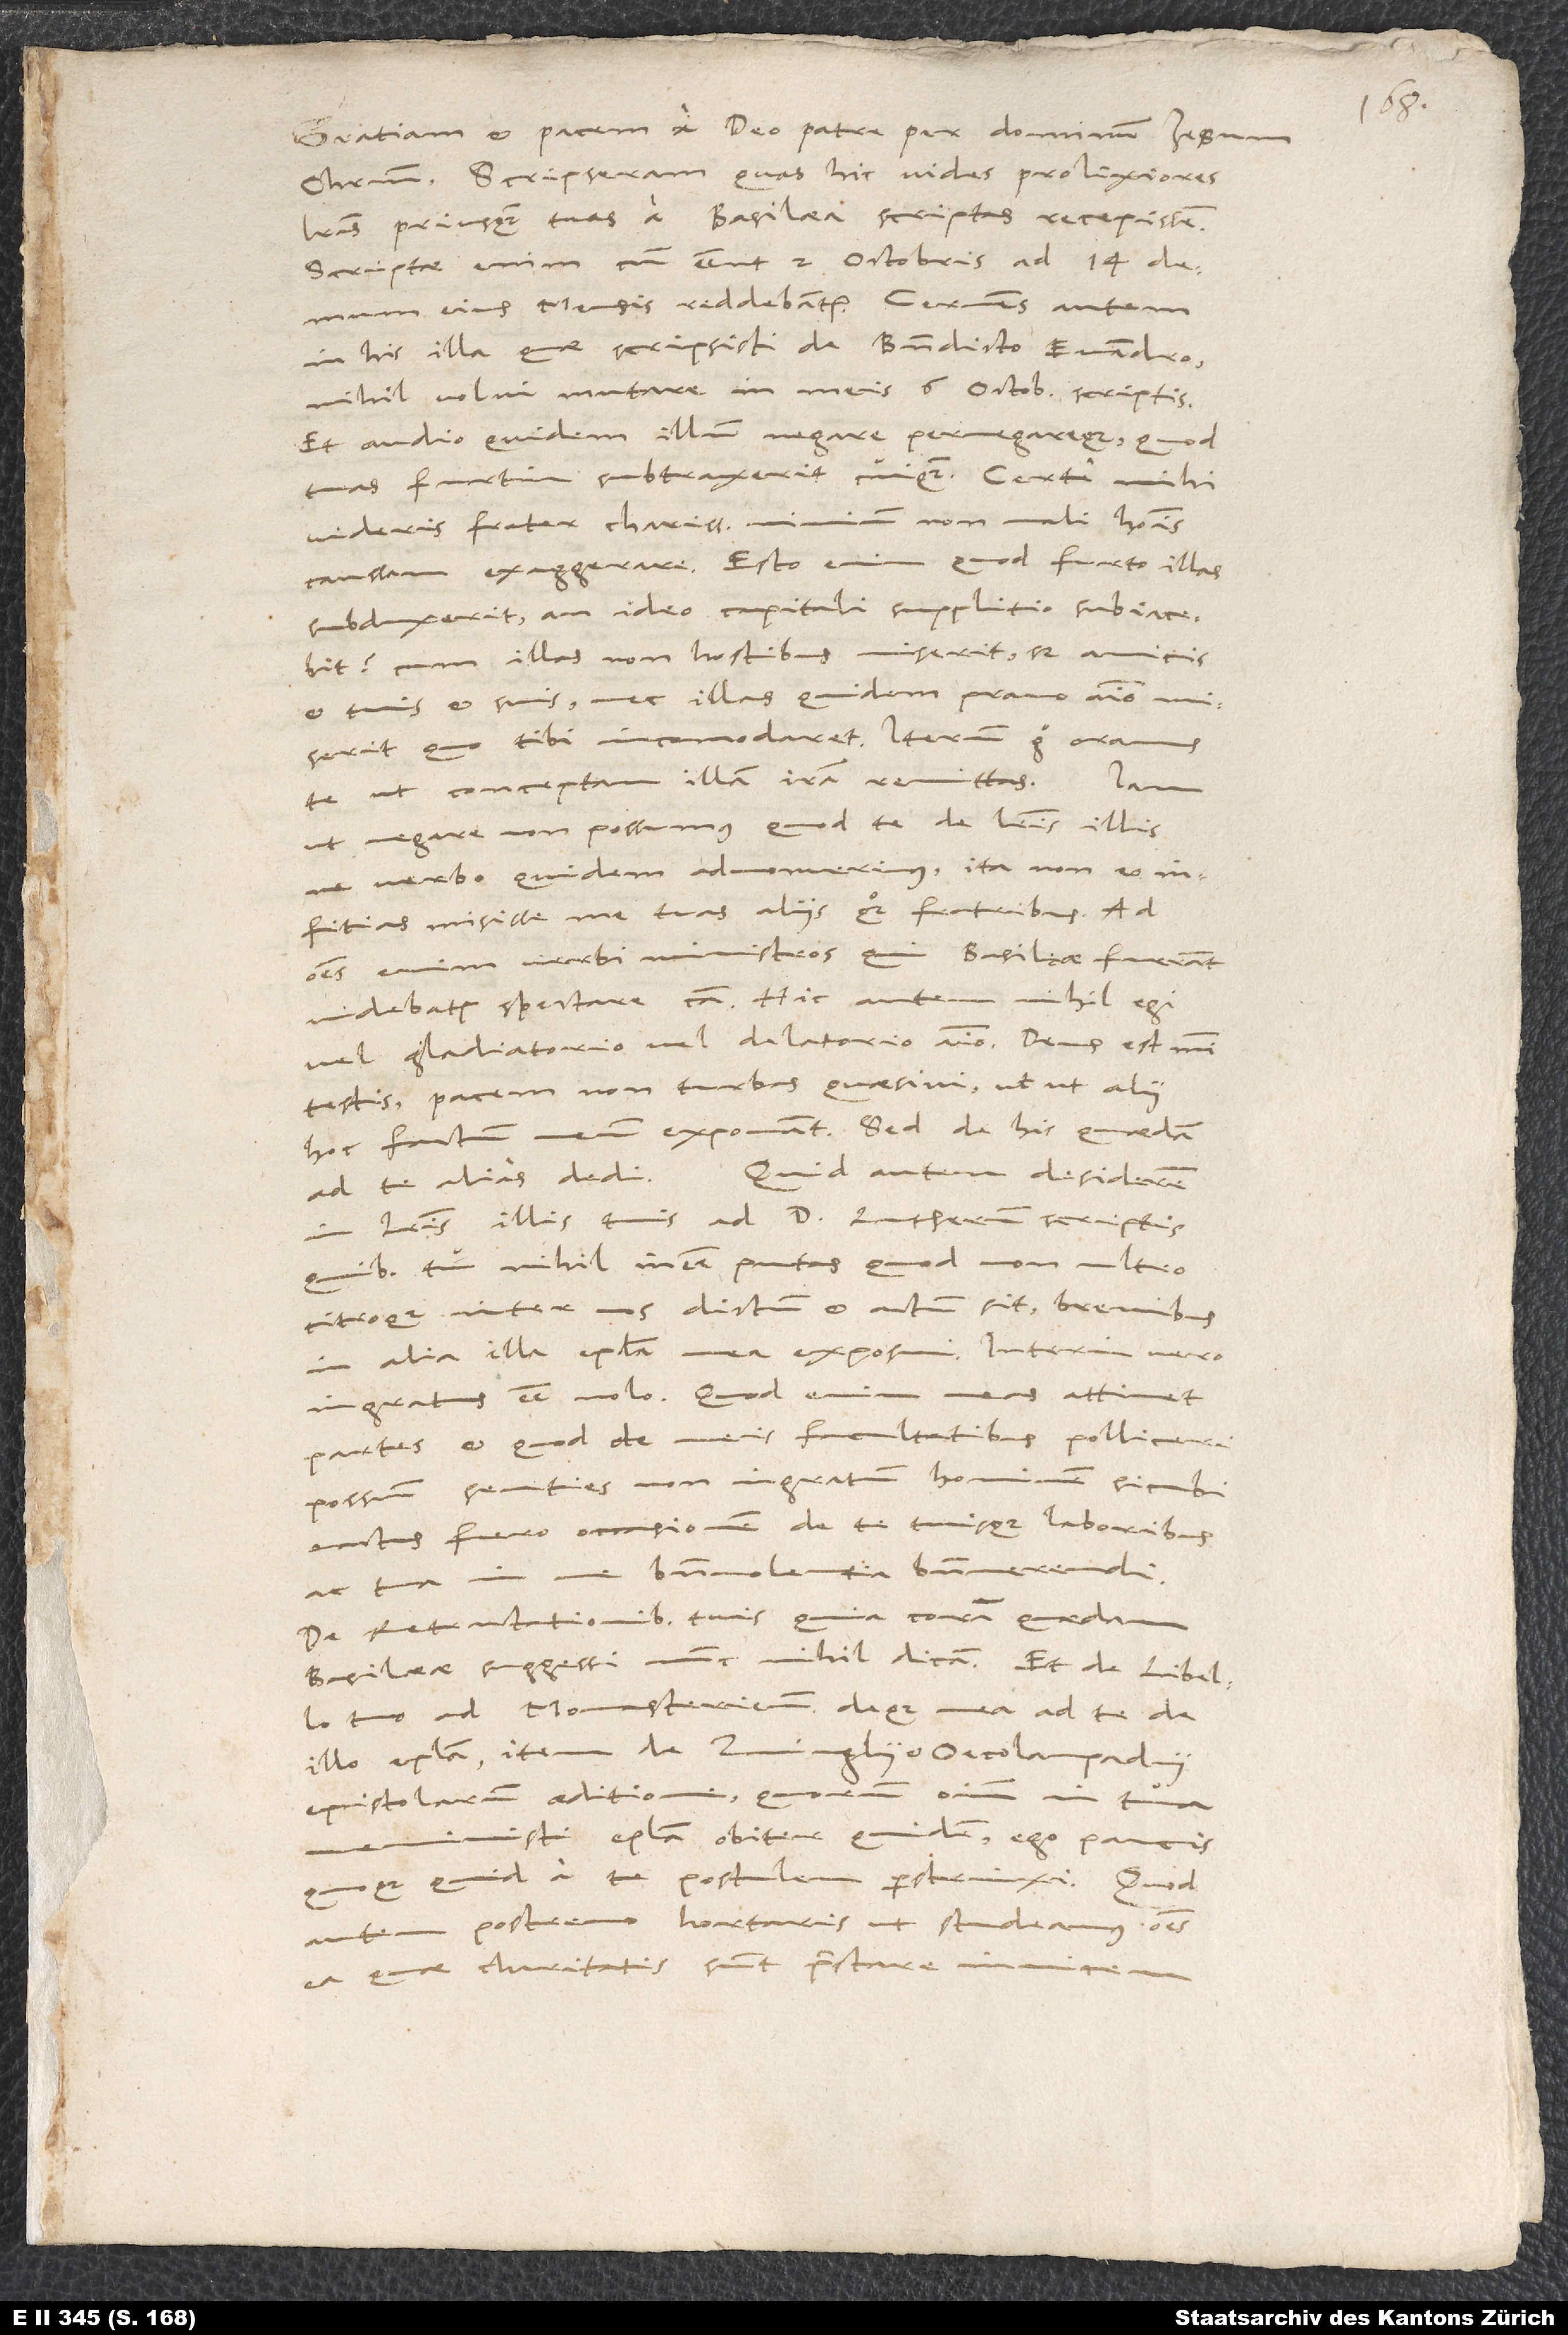
Gratiam et pacem a deo patre per dominum Iesum
Scripseram, quas hic vides prolixiores
literas, priusquam tuas a Basilea scriptas recepissem.
eiusdem mensis reddebantur. Cernens autem
in his, quae scripsisti de Benedicto Euandro,
nihil volui in meis 6. octobris scriptis
tuas furtim subtraxerit cuiquam. Certe mihi
causam exaggerare. Esto enim, quod furto illas
et tuis et suis, nec illas quidem pravo animo miserit,
quo tibi incommodaret. Iterum ergo te oramus,
ut conceptam iram remittas. Iam
ut negare non possumus, quod te de literis ad
ne verbo quidem admonuerimus, ita
misisse me tuas aliis quoque fratribus. Ad
omnes enim verbi ministros, qui Basileae fuerant,
vel gladiatorio vel delatorio animo. Deus est mihi
testis. Pacem, non turbas quaesivi, utut alii
literis illis tuis ad doctorem Lutherum scriptis,
non ultro
quibus tu nihil messe putas, quod
citroque inter nos dictum et actum sit, brevibus
meas attinet
ingratus esse nolo. Quod enim
possum, senties non ingratum hominem, sicubi
De Retractationibus tuis qui coram quaedam
tuo Ad Monasterienses deque mea ad te de
autem postremo hortaris, ut studeamus ea,
quae charitatis sunt, praestare invicem,